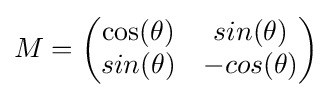
M={\begin{pmatrix}\cos(\theta )&sin(\theta )\\sin(\theta )&-cos(\theta )\end{pmatrix}}